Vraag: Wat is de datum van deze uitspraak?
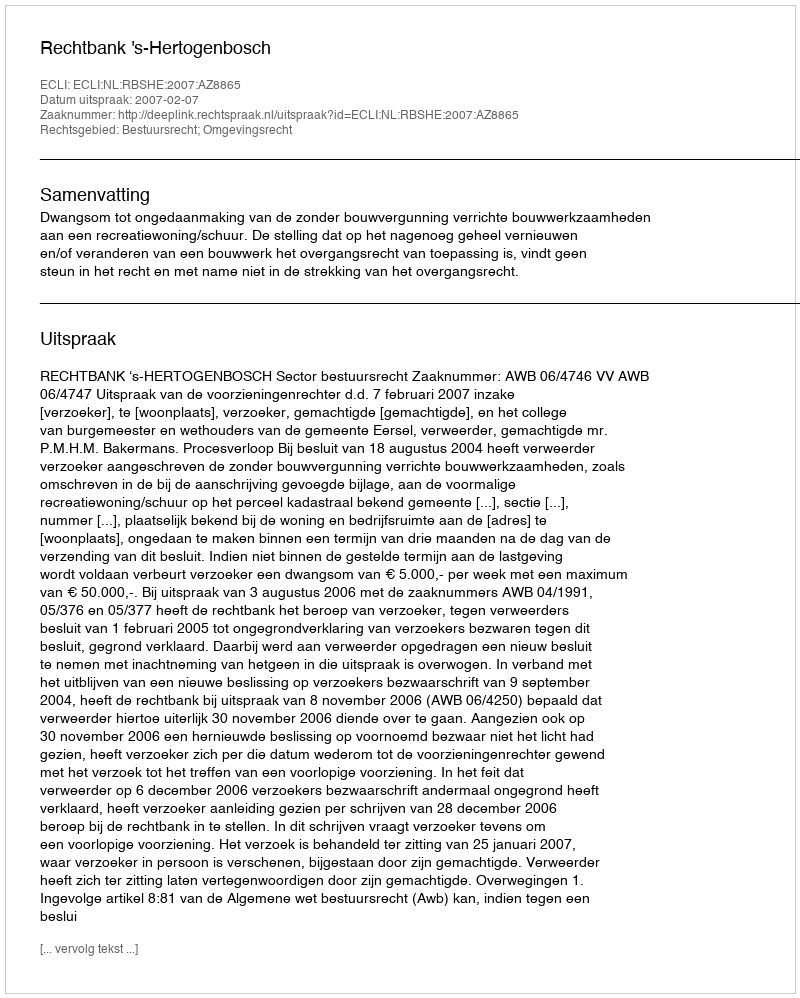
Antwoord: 2007-02-07